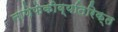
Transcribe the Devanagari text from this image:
नाणेफेकीव्यतिरिक्त